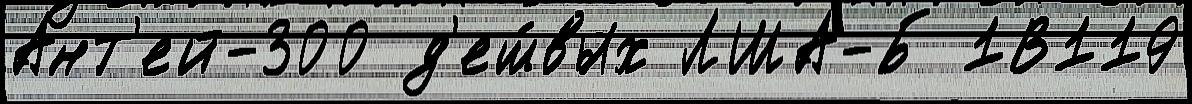
Ант'ей-300 д'еш́вых ЛША-Б 1В119